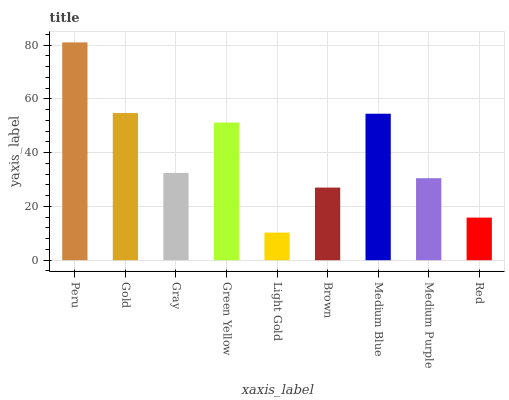
| xaxis_label | bars |
 | --- | --- |
 | Peru | 81 |
 | Gold | 54.8 |
 | Gray | 32.5 |
 | Green Yellow | 51.2 |
 | Light Gold | 10.3 |
 | Brown | 27 |
 | Medium Blue | 54.5 |
 | Medium Purple | 30.5 |
 | Red | 15.9 |